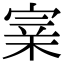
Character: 𡩁